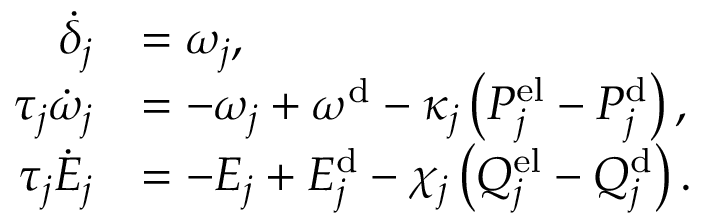
\begin{array} { r l } { \dot { \delta } _ { j } } & { = \omega _ { j } , } \\ { \tau _ { j } \dot { \omega } _ { j } } & { = - \omega _ { j } + \omega ^ { \mathrm { d } } - \kappa _ { j } \left( P _ { j } ^ { \mathrm { e l } } - P _ { j } ^ { \mathrm { d } } \right) , } \\ { \tau _ { j } \dot { E } _ { j } } & { = - E _ { j } + E _ { j } ^ { \mathrm { d } } - \chi _ { j } \left( Q _ { j } ^ { \mathrm { e l } } - Q _ { j } ^ { \mathrm { d } } \right) . } \end{array}